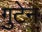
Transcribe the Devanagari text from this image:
गुटेन